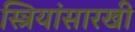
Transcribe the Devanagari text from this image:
स्त्रियांसारखी